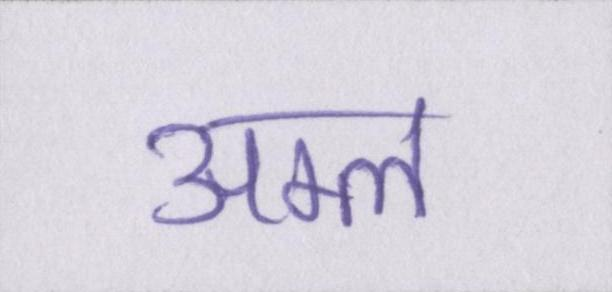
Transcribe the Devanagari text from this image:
अम्ल